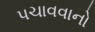
પચાવવાનો